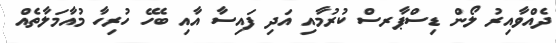
ދެއްވާއިރު ލޯން ޑިސްޕާރސް ކުރުމާއި އަދި ފައިސާ އާއި ބެހޭ ހުރިހާ މުއާމަލާތެއް